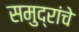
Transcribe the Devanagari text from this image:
समुद्रांचे